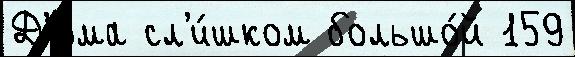
Д'юма сл'и́шком большо́й 159